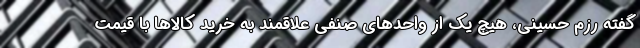
گفته رزم حسینی، هیچ یک از واحدهای صنفی علاقمند به خرید کالاها با قیمت